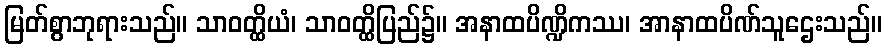
မြတ်စွာဘုရားသည်။ သာဝတ္ထိယံ၊ သာဝတ္ထိပြည်၌။ အနာထပိဏ္ဍိကဿ၊ အာနာထပိဏ်သူဌေးသည်။